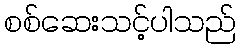
စစ်ဆေးသင့်ပါသည်